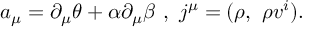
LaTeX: a _ { \mu } = \partial _ { \mu } \theta + \alpha \partial _ { \mu } \beta ~ , ~ j ^ { \mu } = ( \rho , ~ \rho v ^ { i } ) .